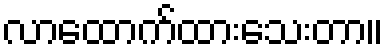
လာထောက်ထားသေးတာ။